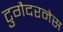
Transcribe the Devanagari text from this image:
टुगैदरनेस